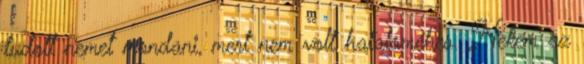
tudott nemet mondani, mert nem volt hataloméhes. Nekem az